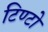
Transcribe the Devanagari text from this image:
टिण्टो